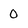
Character: 0